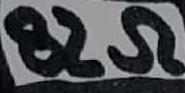
Text: 82Ω